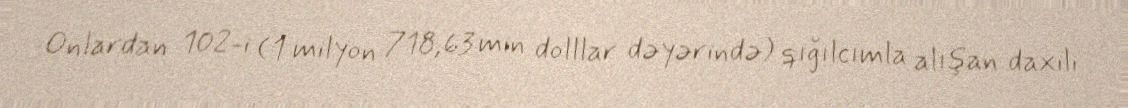
Onlardan 102-i (1 milyon 718,63 min dolllar dəyərində) qığılcımla alışan daxili